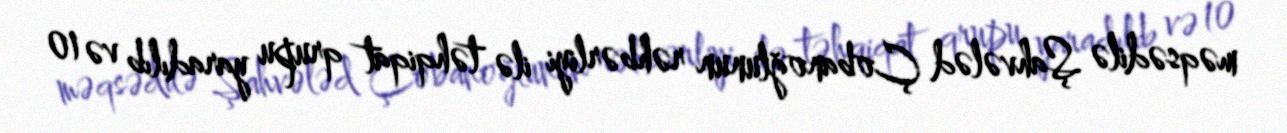
məqsədilə Şahvələd Çobanoğlunun rəhbərliyi ilə təhqiqat qrupu yaradılıb və 10